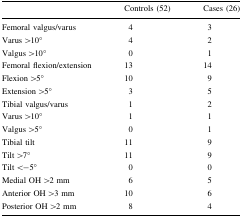
<table><thead><tr><td></td><td><b>Controls (52)</b></td><td><b>Cases (26)</b></td></tr></thead><tbody><tr><td>Femoral valgus/varus</td><td>4</td><td>3</td></tr><tr><td>Varus &gt;10°</td><td>4</td><td>2</td></tr><tr><td>Valgus &gt;10°</td><td>0</td><td>1</td></tr><tr><td>Femoral flexion/extension</td><td>13</td><td>14</td></tr><tr><td>Flexion &gt;5°</td><td>10</td><td>9</td></tr><tr><td>Extension &gt;5°</td><td>3</td><td>5</td></tr><tr><td>Tibial valgus/varus</td><td>1</td><td>2</td></tr><tr><td>Varus &gt;10°</td><td>1</td><td>1</td></tr><tr><td>Valgus &gt;5°</td><td>0</td><td>1</td></tr><tr><td>Tibial tilt</td><td>11</td><td>9</td></tr><tr><td>Tilt &gt;7°</td><td>11</td><td>9</td></tr><tr><td>Tilt &lt;−5°</td><td>0</td><td>0</td></tr><tr><td>Medial OH &gt;2 mm</td><td>6</td><td>5</td></tr><tr><td>Anterior OH &gt;3 mm</td><td>10</td><td>6</td></tr><tr><td>Posterior OH &gt;2 mm</td><td>8</td><td>4</td></tr></tbody></table>